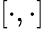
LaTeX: \left[\cdot,\cdot\right]